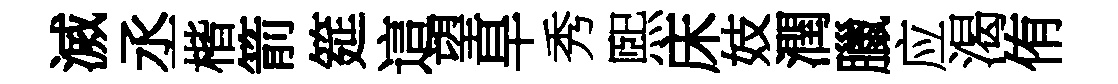
滅丞楷箭筵這望旱秀煕床妓潤臘应渴侑